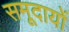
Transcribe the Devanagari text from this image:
समूदायों